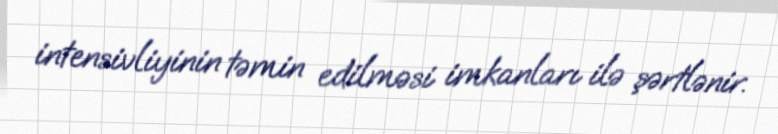
intensivliyinin təmin edilməsi imkanları ilə şərtlənir.